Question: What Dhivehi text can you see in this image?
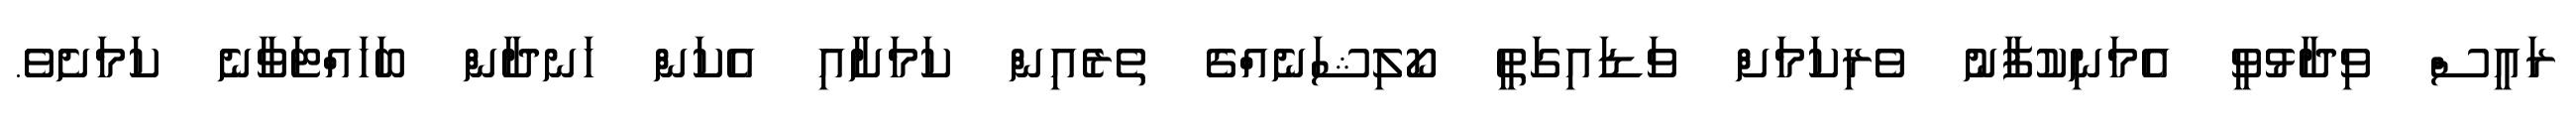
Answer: ރައީސް ވިދާޅުވީ އެމަނިކުފާނު ވެރިކަމަށް ވަޑައިގަތީ ކޯލިޝަނެއްގެ ތެރެއިން ކަމަށާއި އެކަން ހަނދާން ބަހައްޓަވާނެ ކަމަށެވެ.